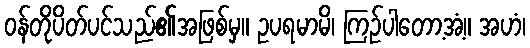
ဝန်တိုပိတ်ပင်သည်၏အဖြစ်မှ။ ဥပရမာမိ၊ ကြဉ်ပါတော့အံ့။ အဟံ၊